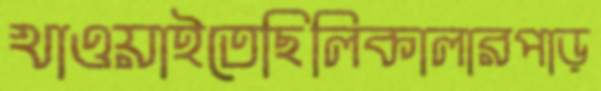
খাওয়াইতেছিলিকালারপাড়